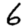
Digit: 6